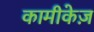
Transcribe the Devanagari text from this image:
कामीकेज़